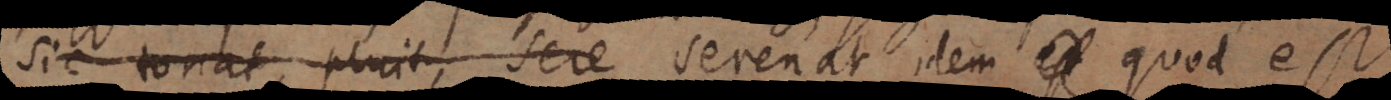
Sic tonat, pluit, sere Serenat idem est quod est